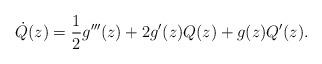
LaTeX: \begin{align*}\dot Q(z) = \frac{1}{2}g'''(z) + 2 g'(z) Q(z) +g(z) Q'(z).\end{align*}